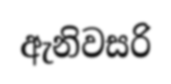
ඇනිවසරි